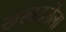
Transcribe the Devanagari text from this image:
खरवडलेला